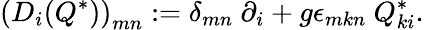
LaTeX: \left(D_{i}(Q^{\ast})\right)_{mn}:=\delta_{mn}\ \partial_{i}+g\epsilon_{mkn}\ Q_{ki}^{\ast}.